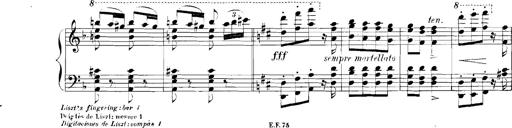
Title: Rhapsodies hongroises
Composer: Franz Liszt